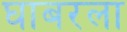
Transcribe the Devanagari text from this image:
घाबरला